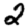
Digit: 2